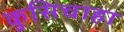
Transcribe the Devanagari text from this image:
कुसिचाहा